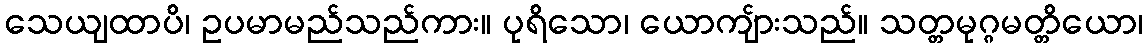
သေယျထာပိ၊ ဥပမာမည်သည်ကား။ ပုရိသော၊ ယောကျ်ားသည်။ သတ္တမုဂ္ဂမတ္တိယော၊